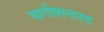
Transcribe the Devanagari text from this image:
वागीशनारद